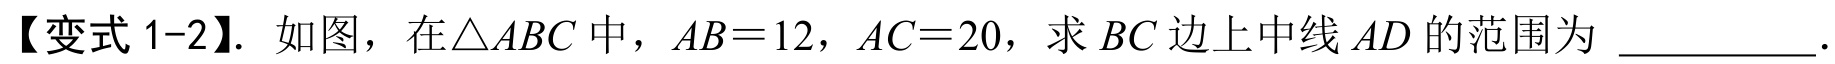
【变式 1-2】. 如图，在 \(\triangle ABC\) 中，\(AB = 12\)，\(AC = 20\)，求 \(BC\) 边上中线 \(AD\) 的范围为 \_\_\_\_\_\_\_\_ .